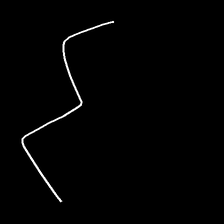
Glyph: crush